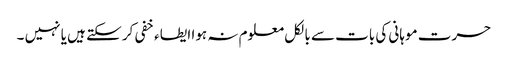
حسرت موہانی کی بات سے بالکل معلوم نہ ہوا ایطاء خفی کر سکتے ہیں یا نہیں ۔